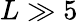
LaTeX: L\gg 5